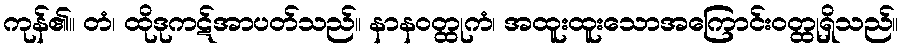
ကုန်၏။ တံ၊ ထိုဒုကဋ်အာပတ်သည်။ နာနဝတ္ထုကံ၊ အထူးထူးသောအကြောင်းဝတ္ထုရှိသည်။